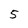
Character: 5